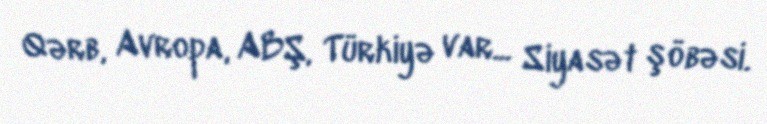
Qərb, Avropa, ABŞ, Türkiyə var... Siyasət şöbəsi.